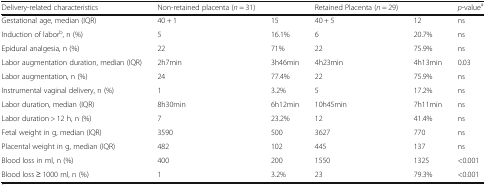
<table><thead><tr><td><b>Delivery-related characteristics</b></td><td><b>Non-retained placenta (<i>n</i> = 31)</b></td><td></td><td><b>Retained Placenta (<i>n</i> = 29)</b></td><td></td><td><b><i>p</i>-value<sup>a</sup></b></td></tr></thead><tbody><tr><td>Gestational age, median (IQR)</td><td>40 + 1</td><td>15</td><td>40 + 5</td><td>12</td><td>ns</td></tr><tr><td>Induction of labor<sup>b</sup>, n (%)</td><td>5</td><td>16.1%</td><td>6</td><td>20.7%</td><td>ns</td></tr><tr><td>Epidural analgesia, n (%)</td><td>22</td><td>71%</td><td>22</td><td>75.9%</td><td>ns</td></tr><tr><td>Labor augmentation duration, median (IQR)</td><td>2h7min</td><td>3h46min</td><td>4h23min</td><td>4h13min</td><td>0.03</td></tr><tr><td>Labor augmentation, n (%)</td><td>24</td><td>77.4%</td><td>22</td><td>75.9%</td><td>ns</td></tr><tr><td>Instrumental vaginal delivery, n (%)</td><td>1</td><td>3.2%</td><td>5</td><td>17.2%</td><td>ns</td></tr><tr><td>Labor duration, median (IQR)</td><td>8h30min</td><td>6h12min</td><td>10h45min</td><td>7h11min</td><td>ns</td></tr><tr><td>Labor duration &gt; 12 h, n (%)</td><td>7</td><td>23.2%</td><td>12</td><td>41.4%</td><td>ns</td></tr><tr><td>Fetal weight in g, median (IQR)</td><td>3590</td><td>500</td><td>3627</td><td>770</td><td>ns</td></tr><tr><td>Placental weight in g, median (IQR)</td><td>482</td><td>102</td><td>445</td><td>137</td><td>ns</td></tr><tr><td>Blood loss in ml, n (%)</td><td>400</td><td>200</td><td>1550</td><td>1325</td><td>&lt;0.001</td></tr><tr><td>Blood loss ≥ 1000 ml, n (%)</td><td>1</td><td>3.2%</td><td>23</td><td>79.3%</td><td>&lt;0.001</td></tr></tbody></table>